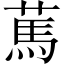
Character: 䔍